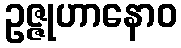
ဥဇ္ဇုဟာနောဝ